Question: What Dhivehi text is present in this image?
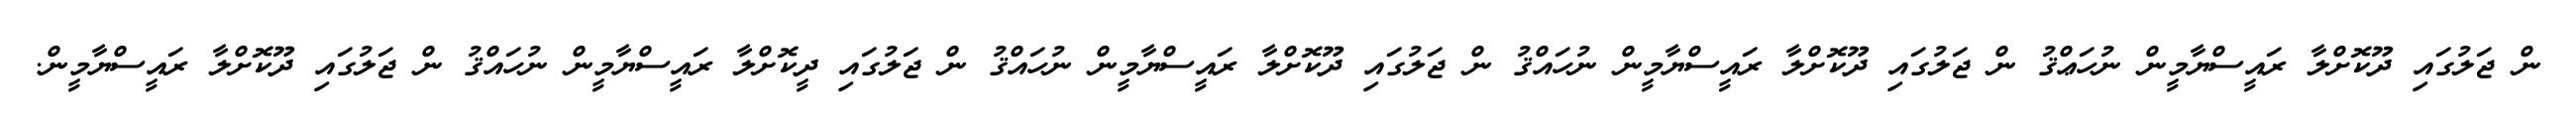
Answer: ން ޖަލުގައި ދޫކޮށްލާ ރައީސްޔާމީން ނުހަޢްޤު ން ޖަލުގައި ދޫކޮށްލާ ރައީސްޔާމީން ނުހައްޤު ން ޖަލުގައި ދޫކޮށްލާ ރައީސްޔާމީން ނުހައްޤު ން ޖަލުގައި ދީކޮށްލާ ރައީސްޔާމީން ނުހައްޤު ން ޖަލުގައި ދޫކޮށްލާ ރައީސްޔާމީން.